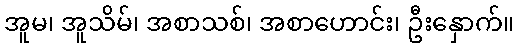
အူမ၊ အူသိမ်၊ အစာသစ်၊ အစာဟောင်း၊ ဦးနှောက်။